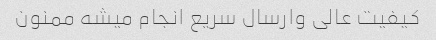
کیفیت عالی وارسال سریع انجام میشه ممنون